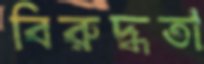
বিরুদ্ধতা